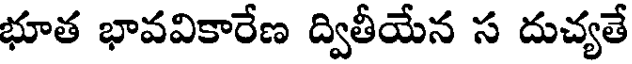
భూత భావవికారేణ ద్వితీయేన స దుచ్యతే